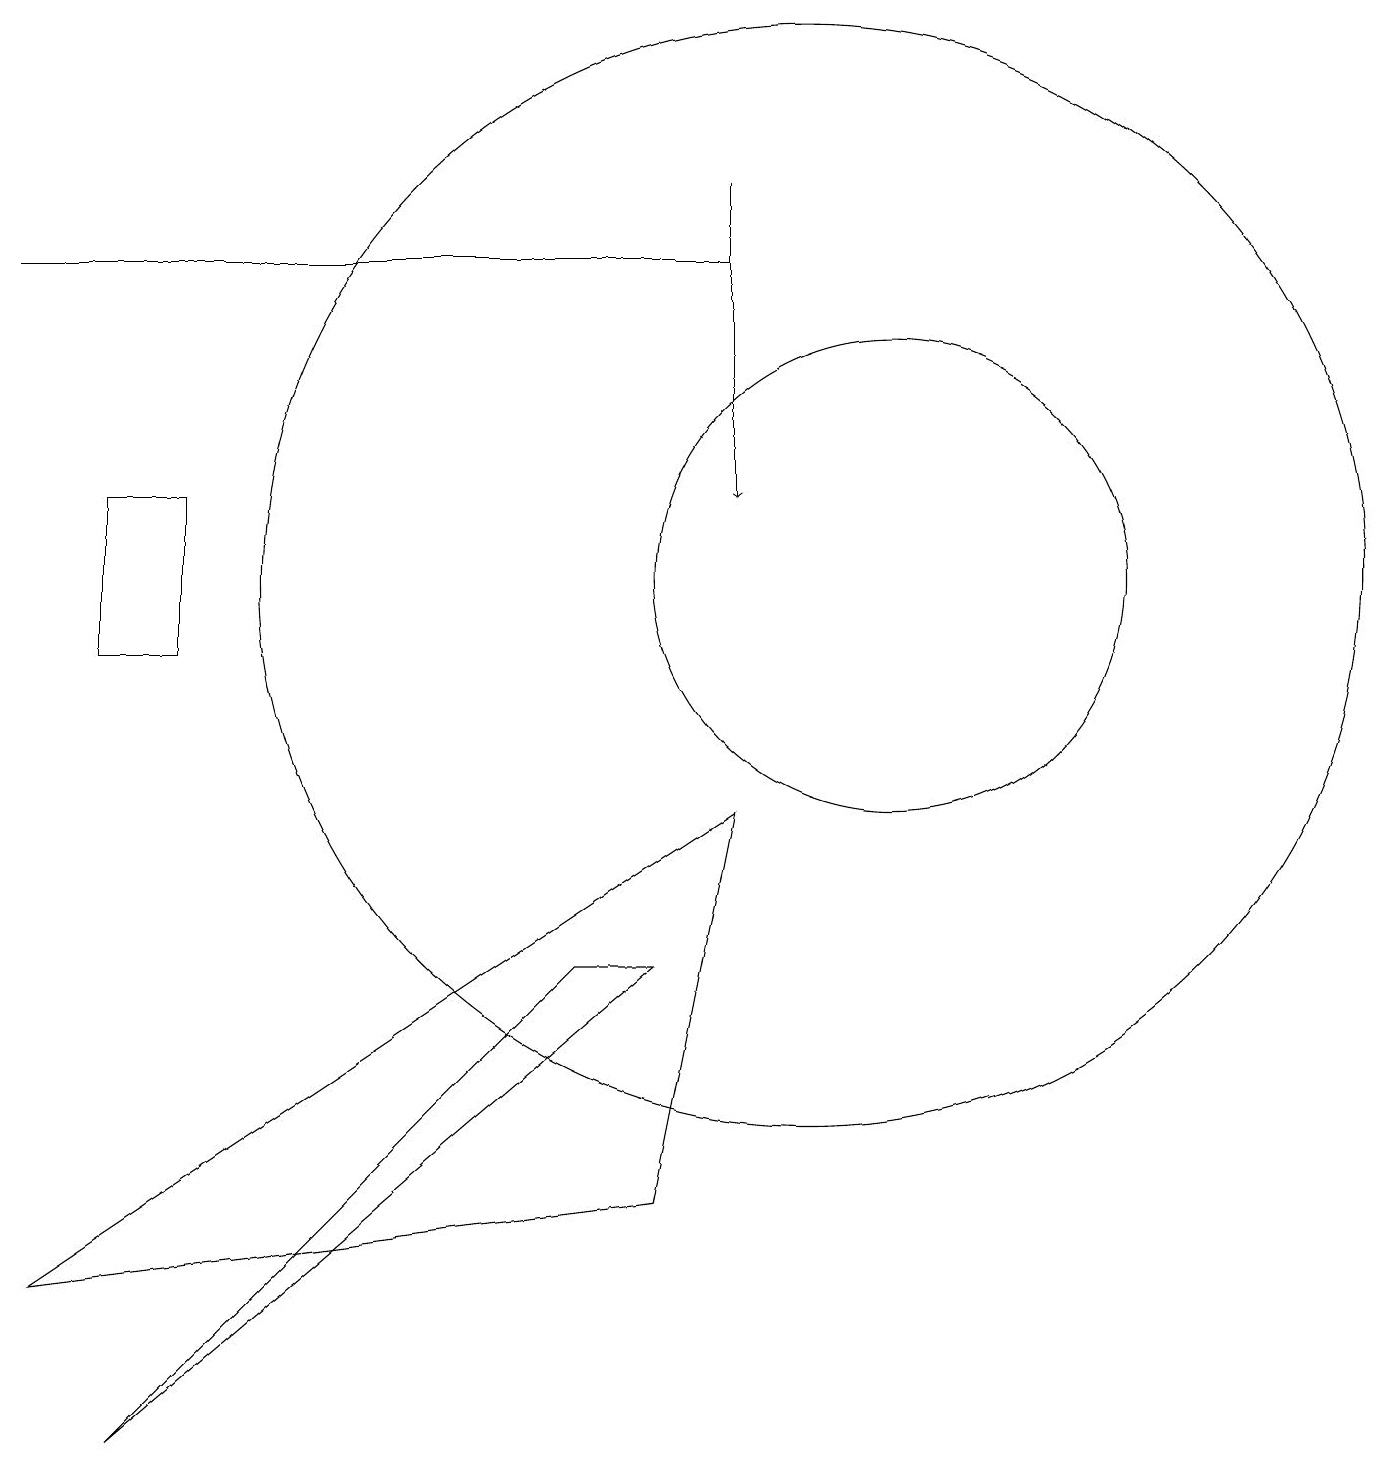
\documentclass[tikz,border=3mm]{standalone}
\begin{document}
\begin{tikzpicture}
\draw (8,6) -- (1,0) -- (7,6) -- cycle;
\draw (10,11) circle (7);
\draw[->] (9,16) -- (9,12);
\draw (9,8) -- (0,2) -- (8,3) -- cycle;
\draw (11,11) circle (3);
\draw (0,15) rectangle (9,15);
\draw (1,12) rectangle (2,10);
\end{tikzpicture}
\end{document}